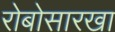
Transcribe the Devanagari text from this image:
रोबोसारखा